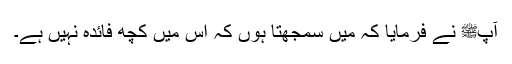
آپﷺ نے فرمایا کہ میں سمجھتا ہوں کہ اس میں کچھ فائدہ نہیں ہے۔